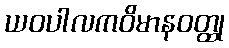
ယဝပါလကဝိမာနဝတ္ထု